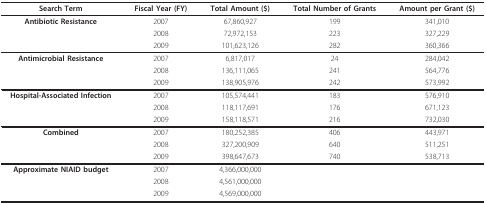
<table><thead><tr><td><b>Search Term</b></td><td><b>Fiscal Year (FY)</b></td><td><b>Total Amount ($)</b></td><td><b>Total Number of Grants</b></td><td><b>Amount per Grant ($)</b></td></tr></thead><tbody><tr><td><b>Antibiotic Resistance</b></td><td>2007</td><td>67,860,927</td><td>199</td><td>341,010</td></tr><tr><td></td><td>2008</td><td>72,972,153</td><td>223</td><td>327,229</td></tr><tr><td></td><td>2009</td><td>101,623,126</td><td>282</td><td>360,366</td></tr><tr><td><b>Antimicrobial Resistance</b></td><td>2007</td><td>6,817,017</td><td>24</td><td>284,042</td></tr><tr><td></td><td>2008</td><td>136,111,065</td><td>241</td><td>564,776</td></tr><tr><td></td><td>2009</td><td>138,905,976</td><td>242</td><td>573,992</td></tr><tr><td><b>Hospital-Associated Infection</b></td><td>2007</td><td>105,574,441</td><td>183</td><td>576,910</td></tr><tr><td></td><td>2008</td><td>118,117,691</td><td>176</td><td>671,123</td></tr><tr><td></td><td>2009</td><td>158,118,571</td><td>216</td><td>732,030</td></tr><tr><td><b>Combined</b></td><td>2007</td><td>180,252,385</td><td>406</td><td>443,971</td></tr><tr><td></td><td>2008</td><td>327,200,909</td><td>640</td><td>511,251</td></tr><tr><td></td><td>2009</td><td>398,647,673</td><td>740</td><td>538,713</td></tr><tr><td><b>Approximate NIAID budget</b></td><td>2007</td><td>4,366,000,000</td><td colspan="2"></td></tr><tr><td></td><td>2008</td><td>4,561,000,000</td><td colspan="2"></td></tr><tr><td></td><td>2009</td><td>4,569,000,000</td><td colspan="2"></td></tr></tbody></table>